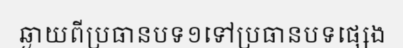
ឆ្ងាយពីប្រធានបទ១ទៅប្រធានបទផ្សេង